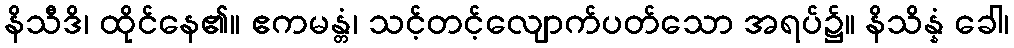
နိသီဒိ၊ ထိုင်နေ၏။ ဧကမန္တံ၊ သင့်တင့်လျောက်ပတ်သော အရပ်၌။ နိသိန္နံ ခေါ၊